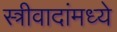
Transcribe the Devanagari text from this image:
स्त्रीवादांमध्ये